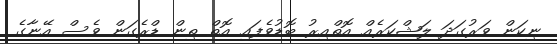
ނިކަން ވަރުގަދަ ލަޝްކަރެއް އޮތްއިރު ބޮޑުވެފައި އޮތް ތިން ޑްރެގަން ވެސް އޭނާގެ